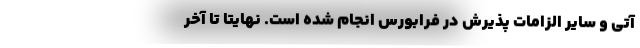
آتی و سایر الزامات پذیرش در فرابورس انجام شده است. نهایتاً تا آخر